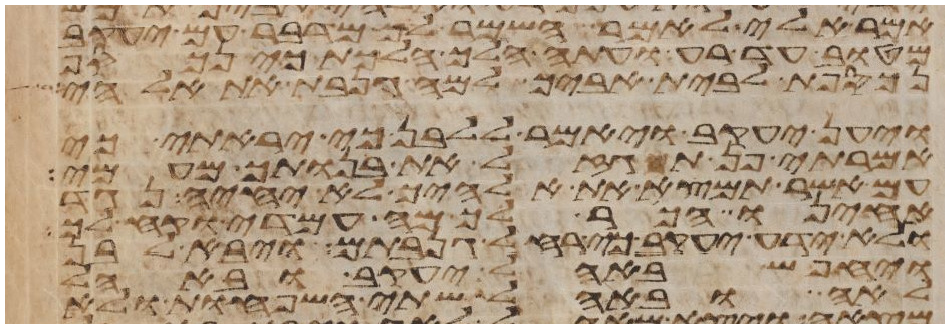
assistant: אמר אלי לאמר השמר לך מדבר עם יעקב
מטוב עד רע ועתה הלך הלכת כי
נכספת לבית אביך למה גנבת את אלהי
ויען יעקב ויאמר ללבן כי יראתי כי
אמרתי פן תגזל את בנותך מעמי
עם אשר תמצא את אלהיך לא יחיה נגד
אחינו הכר לך מה עמדי וקח לך
ולא ידע יעקב כי רחל גנבתם ויבא לבן
ויחפש באהל יעקב ובאהל
לאה ובאהל שתי השפחות ולא